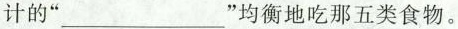
计的“___”均衡地吃那五类食物。